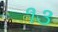
૧૩